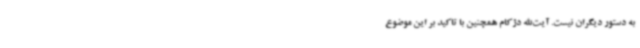
به دستور دیگران نیست. آیت‌الله دژکام همچنین با تاکید بر این موضوع